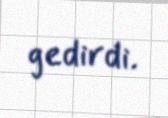
gedirdi.